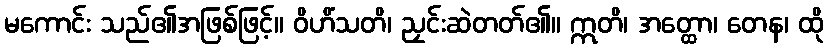
မကောင်း သည်၏အဖြစ်ဖြင့်။ ဝိဟိံသတိ၊ ညှင်းဆဲတတ်၏။ ဣတိ၊ အတ္ထော၊ တေန၊ ထို